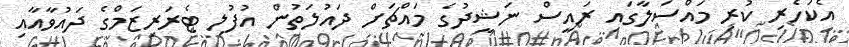
އެކަހެރި ކުރި މައްސަލާގައި ރައީސް ނަޝީދުގެ މައްޗަށް ދައުލަތުން އުފުލި ޓެރަރިޒަމްގެ ދައުވާއާއި